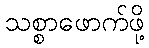
သစ္စာဖောက်ဖို့